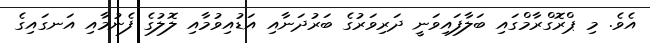
އެވެ. މި ޕްރޮގްރާމްގައި ބަލާފައިވަނީ ދަރިވަރުގެ ބަރުދަނާއި އަޑުއިވުމާއި ލޮލުގެ ފެނުމާއި އަނގައިގެ